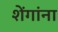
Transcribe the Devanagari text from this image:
शेंगांना